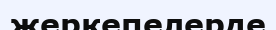
жеркепелерде